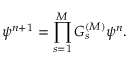
\psi ^ { n + 1 } = \prod _ { s = 1 } ^ { \cal M } G _ { s } ^ { ( { \cal M } ) } \psi ^ { n } .